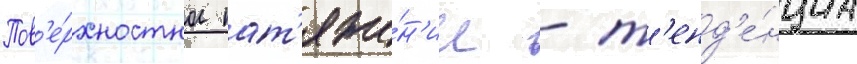
Пов'е́рхностное нат'яже́н'ие - т'енд'е́нциа